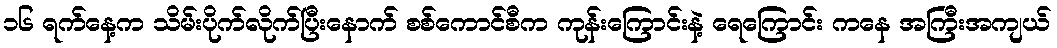
၁၆ ရက်နေ့က သိမ်းပိုက်လိုက်ပြီးနောက် စစ်ကောင်စီက ကုန်းကြောင်းနဲ့ ရေကြောင်း ကနေ အကြီးအကျယ်